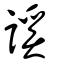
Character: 謑